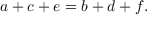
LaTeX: a + c + e = b + d + f .